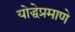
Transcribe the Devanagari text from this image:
योद्धेप्रमाणे